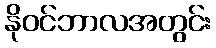
နိုဝင်ဘာလအတွင်း